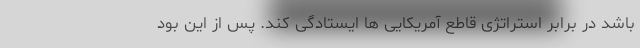
باشد در برابر استراتژی قاطع آمریکایی ها ایستادگی کند. پس از این بود